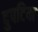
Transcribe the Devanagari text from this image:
दुपटिया